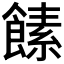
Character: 𩝥